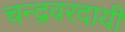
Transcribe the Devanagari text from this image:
चन्द्रवरदायी